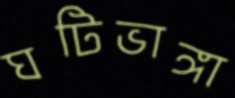
ঘটিভাঙ্গা